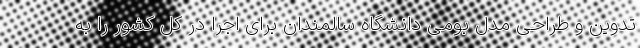
تدوین و طراحی مدل بومی دانشگاه سالمندان برای اجرا در کل کشور را به